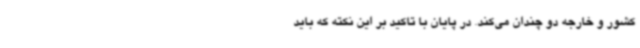
کشور و خارجه دو چندان می‌کند. در پایان با تاکید بر این نکته که باید